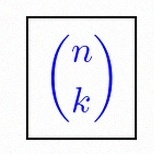
\binom{n}{k}